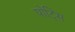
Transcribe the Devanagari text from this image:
पोट्सि